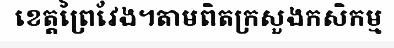
ខេត្តព្រៃវែង។តាមពិតក្រសួងកសិកម្ម